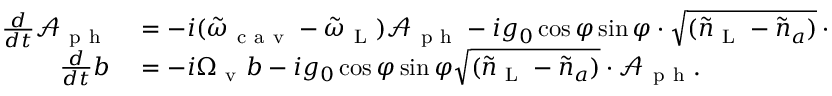
\begin{array} { r l } { \frac { d } { d t } \mathcal { A } _ { \mathrm { ~ p ~ h ~ } } } & { { } = - i ( \tilde { \omega } _ { \mathrm { ~ c ~ a ~ v ~ } } - \tilde { \omega } _ { \mathrm { ~ L ~ } } ) \mathcal { A } _ { \mathrm { ~ p ~ h ~ } } - i g _ { 0 } \cos \varphi \sin \varphi \cdot \sqrt { ( \tilde { n } _ { \mathrm { ~ L ~ } } - \tilde { n } _ { a } ) } \cdot b , } \\ { \frac { d } { d t } b } & { { } = - i \Omega _ { \mathrm { ~ v ~ } } b - i g _ { 0 } \cos \varphi \sin \varphi \sqrt { ( \tilde { n } _ { \mathrm { ~ L ~ } } - \tilde { n } _ { a } ) } \cdot \mathcal { A } _ { \mathrm { ~ p ~ h ~ } } . } \end{array}